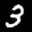
Label: 3